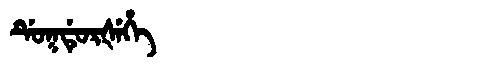
Manchu: ᡩᡠᡴᡩᡠᡵᡧᡝᡥᡝ
Romanization: DUKDURŠEHE